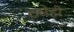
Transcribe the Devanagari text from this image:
ठसेही